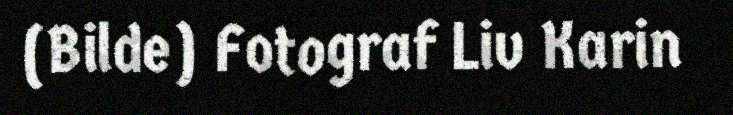
(Bilde) Fotograf Liv Karin